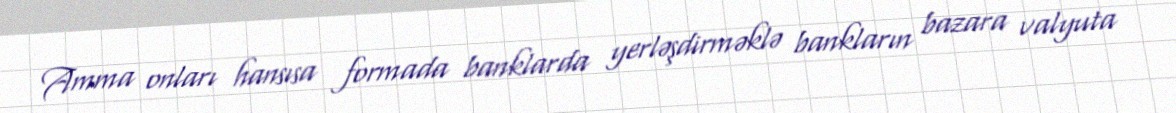
Amma onları hansısa formada banklarda yerləşdirməklə bankların bazara valyuta